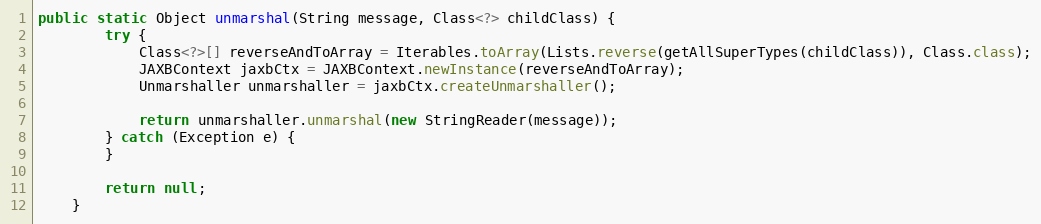
Language: Java
public static Object unmarshal(String message, Class<?> childClass) {
        try {
            Class<?>[] reverseAndToArray = Iterables.toArray(Lists.reverse(getAllSuperTypes(childClass)), Class.class);
            JAXBContext jaxbCtx = JAXBContext.newInstance(reverseAndToArray);
            Unmarshaller unmarshaller = jaxbCtx.createUnmarshaller();

            return unmarshaller.unmarshal(new StringReader(message));
        } catch (Exception e) {
        }

        return null;
    }